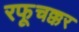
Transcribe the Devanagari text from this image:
रफूचक्कर